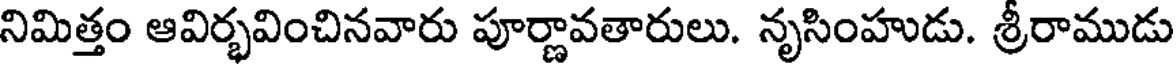
నిమిత్తం ఆవిర్భవించినవారు పూర్ణావతారులు. నృసింహుడు. శ్రీరాముడు